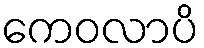
ကေဝလာပိ